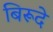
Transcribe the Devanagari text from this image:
बिरूदे